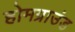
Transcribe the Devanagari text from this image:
होमग्राउंड